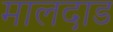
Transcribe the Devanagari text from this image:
मालदाड